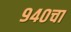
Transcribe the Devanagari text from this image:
९४०चा